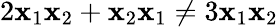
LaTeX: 2\mathbf{x}_{1}\mathbf{x}_{2}+\mathbf{x}_{2}\mathbf{x}_{1}\neq3\mathbf{x}_{1}\mathbf{x}_{2}